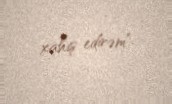
xahiş edirəm".